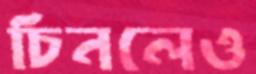
চিনলেও